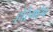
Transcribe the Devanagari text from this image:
होरेमहेब